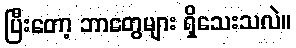
ပြီးတော့ ဘာတွေများ ရှိသေးသလဲ။